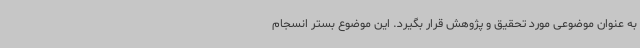
به عنوان موضوعی مورد تحقیق و پژوهش قرار بگیرد. این موضوع بستر انسجام